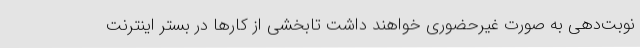
نوبت‌دهی به صورت غیرحضوری خواهند داشت تابخشی از کارها در بستر اینترنت